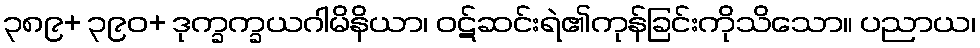
၃၈၉+ ၃၉၀+ ဒုက္ခက္ခယဂါမိနိယာ၊ ဝဋ်ဆင်းရဲ၏ကုန်ခြင်းကိုသိသော။ ပညာယ၊